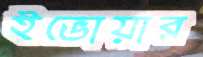
ইভোয়ার